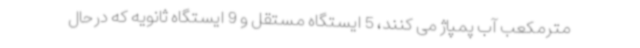
مترمکعب آب پمپاژ می کنند، 5 ایستگاه مستقل و 9 ایستگاه ثانویه که درحال